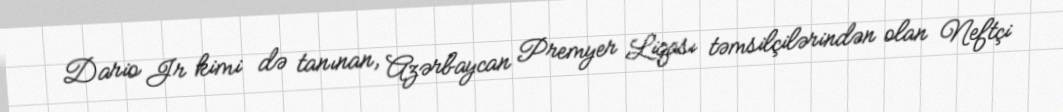
Dario Jr kimi də tanınan, Azərbaycan Premyer Liqası təmsilçilərindən olan Neftçi